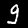
Label: 9